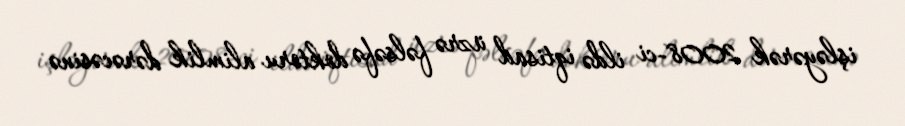
işləyərək 2008-ci ildə iqtisad üzrə fəlsəfə doktoru alimlik dərəcəsinə